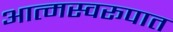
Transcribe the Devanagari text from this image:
आत्मस्वरूपात